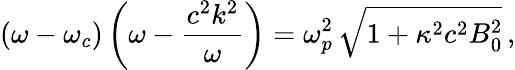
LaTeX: (\omega-\omega_{c})\left(\omega-\frac{c^{2}k^{2}}{\omega}\right)=\omega_{p}^{2}\, \sqrt{1+\kappa^{2}c^{2}B_{0}^{2}}\, ,